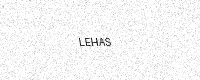
Text: LEHAS